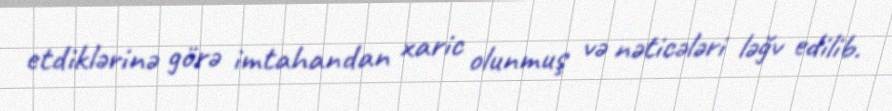
etdiklərinə görə imtahandan xaric olunmuş və nəticələri ləğv edilib.